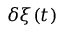
\delta \xi ( t )